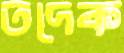
তদেক